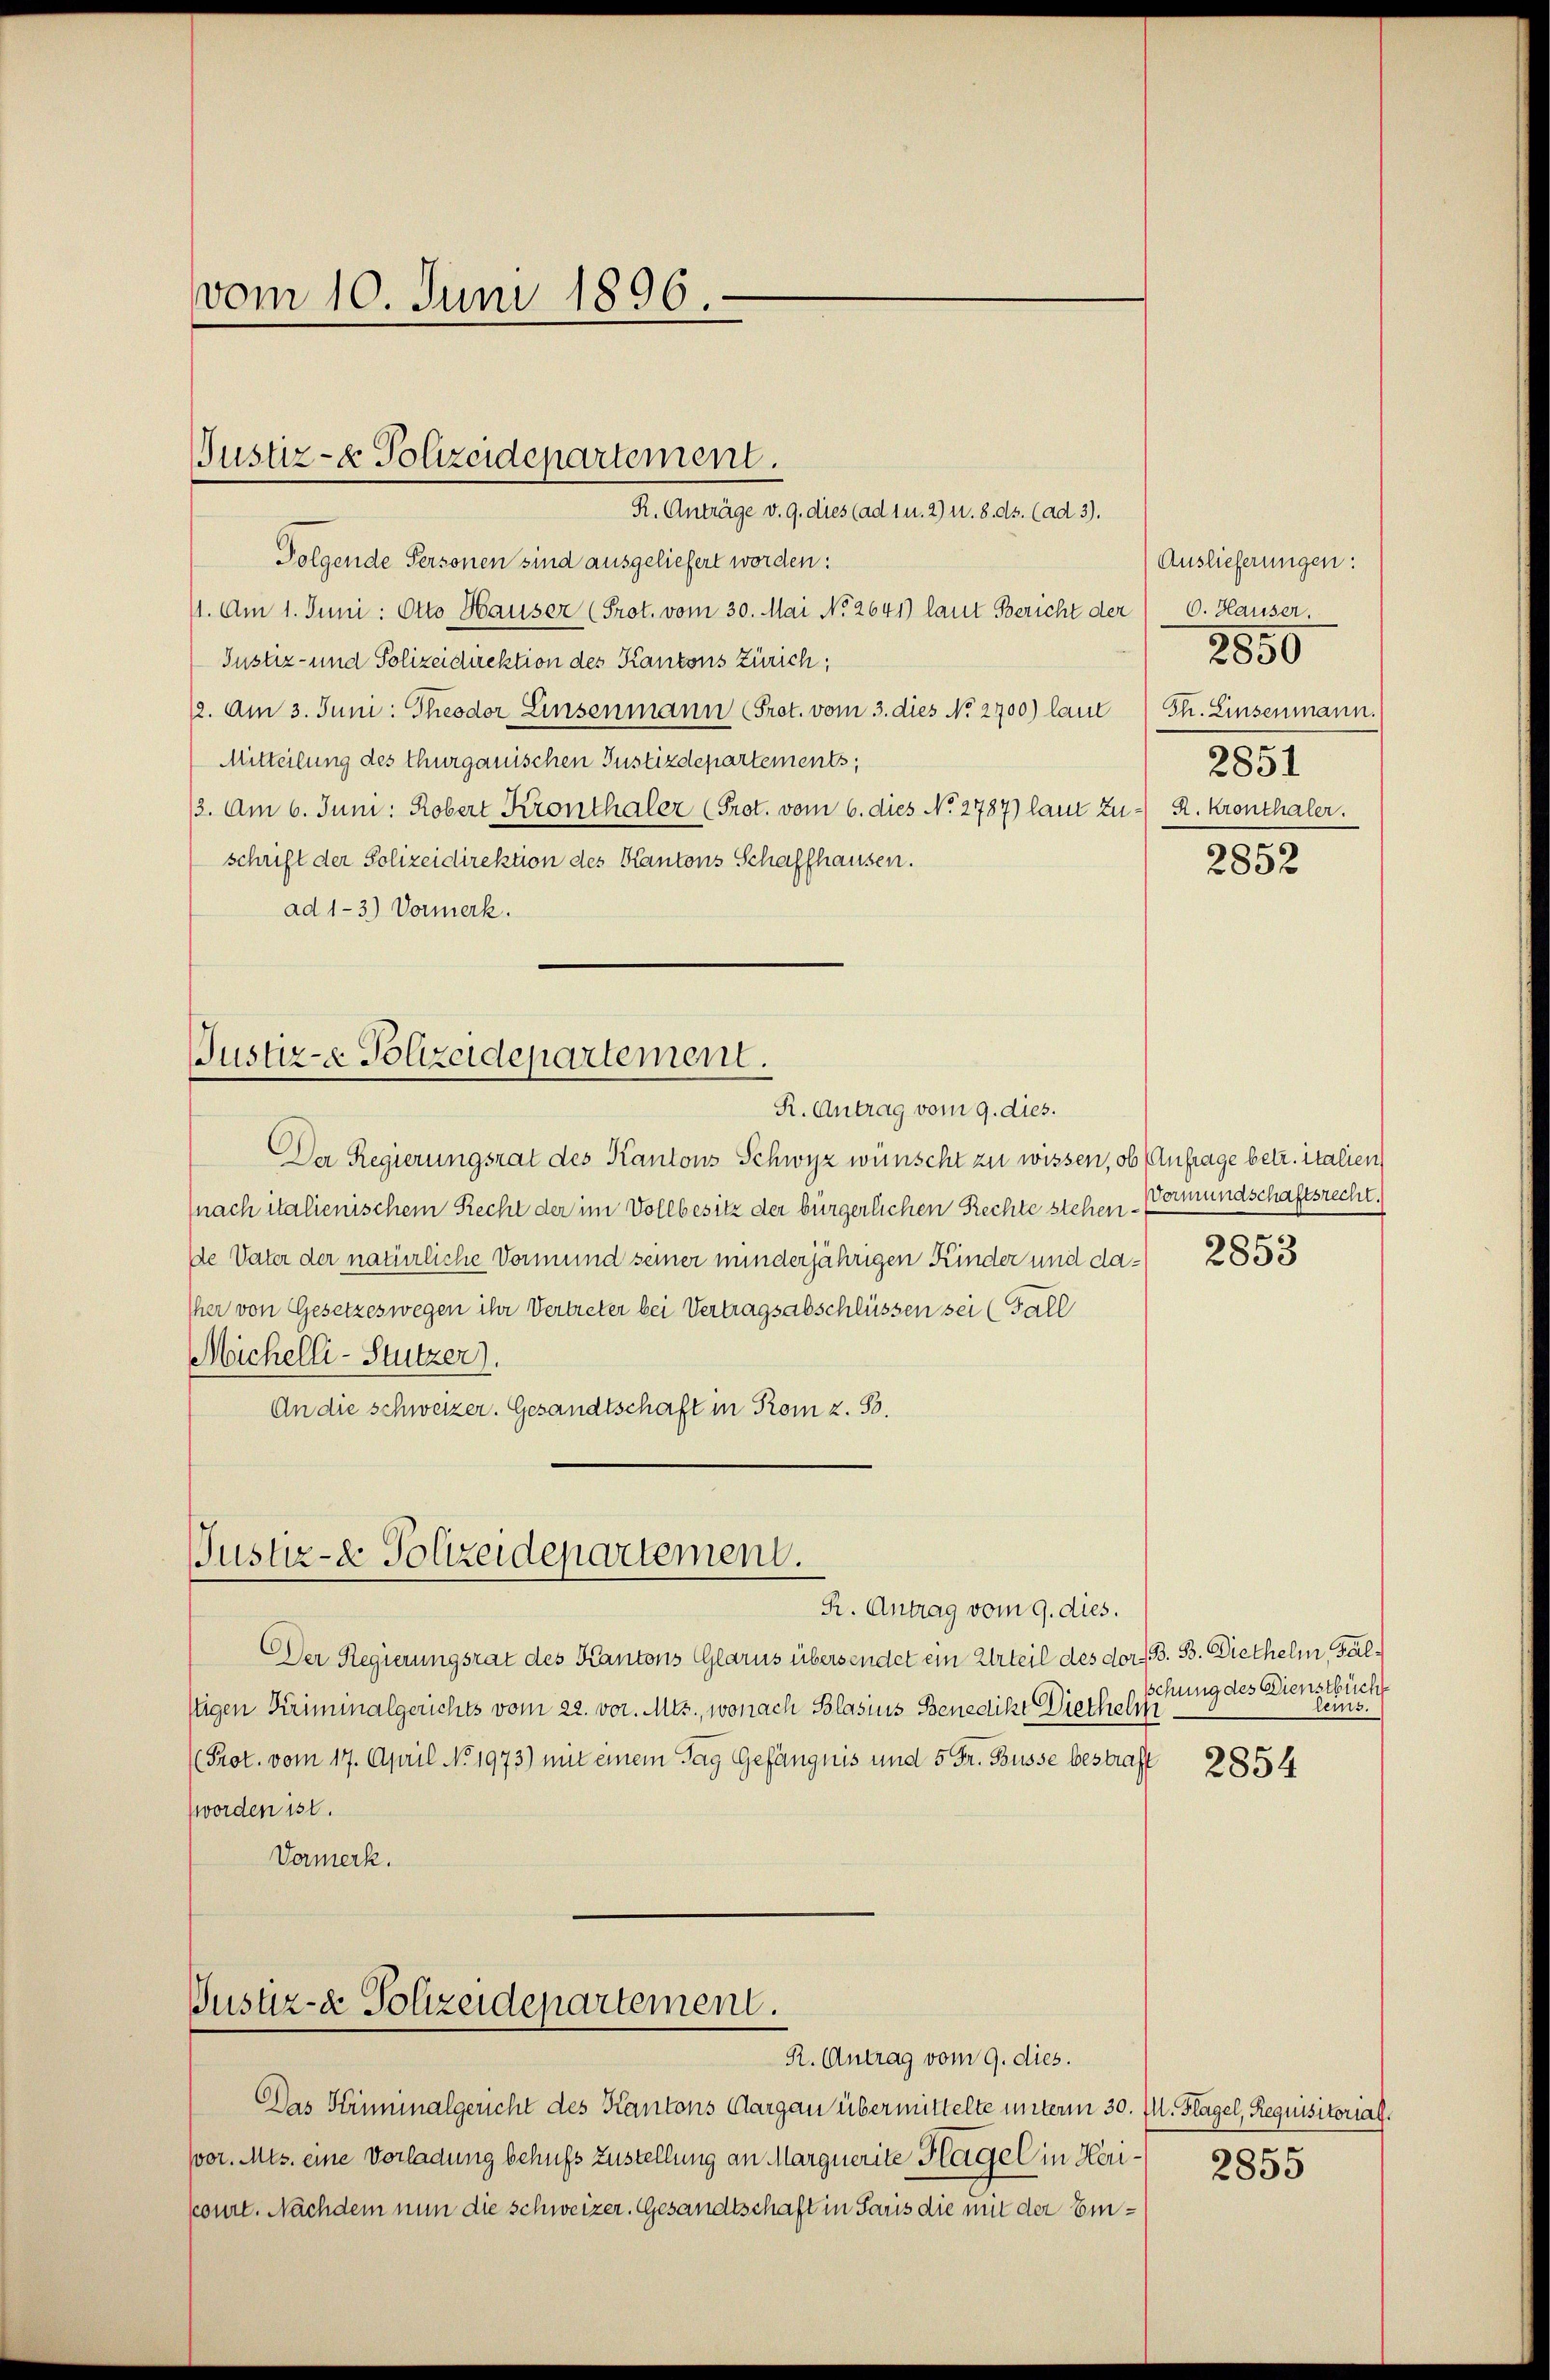
vom 10. Juni 1896

R. Anträge v. 9. dies (ad u. 2) u. 8. ds. (ad 3).
Folgende Personen sind ausgeliefert worden:
11. Am 1. Juni: Otto Hauser (Prot. vom 30. Mai No 2641) laut Bericht der
Justiz- und Polizeidirektion des Kantons Zürich;
12. Am 3. Juni: Theodor Einsenmann (Prot. vom 3. dies No. 2700) laut Th. Einsenmann.
Mitteilung des Thurgauischen Justizdepartements,
13. Am 6. Juni: Robert Kronthaler (Prot. vom 6. dies No. 2787) laut Zu- R. Kronthaler.
schrift der Polizeidirektion des Kantons Schaffhausen.
ad 1-3.) Vormerk.

Justiz- & Polizeidepartement.

Justiz- & Polizeidepartement.
R. Antrag vom 9. dies.

Der Regierungsrat des Kantons Schwyz wünscht zu wissen, ob Anfrage betr. italien
(nach italienischem Recht der im Vollbesitz der bürgerlichen Rechte stehen¬
De Vater der natürliche Vormund seiner minderjährigen Kinder und da¬
Iher von Gesetzeswegen ihr Vertreter bei Vertragsabschlüssen sei (Fall
Michelli - Stutzer).
An die schweizer. Gesandtschaft in Rom z. S.

Justiz- & Polizeidepartement.
R. Antrag vom 9. dies.

Justiz- & Polizeidepartement.

Der Regierungsrat des Kantons Glarus übersendet ein Urteil des der B. B. Diethelm, Fälstigen Kriminalgerichts vom 22. vor. Mts., wonach Blasius Benedikt Diethelm
(Prot. vom 17. April No. 1973) mit einem Tag Gefängnis und 5 Fr. Busse bestraf
worden ist.
Vormerk.

Das Kriminalgericht des Kantons Aargau übermittelte unterm 30. I. Klagel, Requisitorial.
(vor. Mts. eine Vorladung behufs Zustellung an Marquerite Klagel in Herikonnt. Nachdem nun die schweizer. Gesandtschaft in Paris die mit der Ein¬

R. Antrag vom 9. dies.

Auslieferungen:
6. Hauser.
2850
2851

2852

Vormundschaftsrecht.

2853

schung des Dienstbüche
leins.

2854

2855